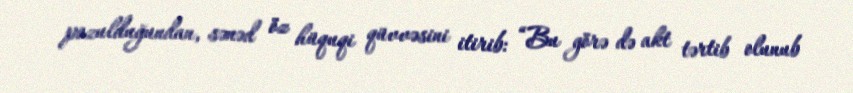
pozulduğundan, sənəd öz hüquqi qüvvəsini itirib: “Bu görə də akt tərtib olunub